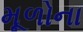
મૂળોના